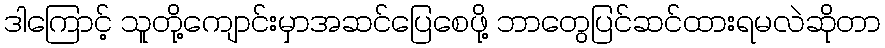
ဒါကြောင့် သူတို့ကျောင်းမှာအဆင်ပြေစေဖို့ ဘာတွေပြင်ဆင်ထားရမလဲဆိုတာ